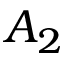
A _ { 2 }